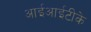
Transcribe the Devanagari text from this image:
आईआईटीके